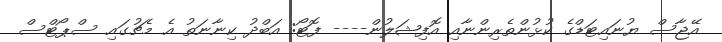
އޭޖާސް ޔުނައިޓަޑްގެ ކުޅުންތެރިންނާއި އޮފިޝަލުން---- ފޮޓޯ: އަބްދު ކިނާނަތު އެ މެޗުގައި ސްޕޯޓްސް